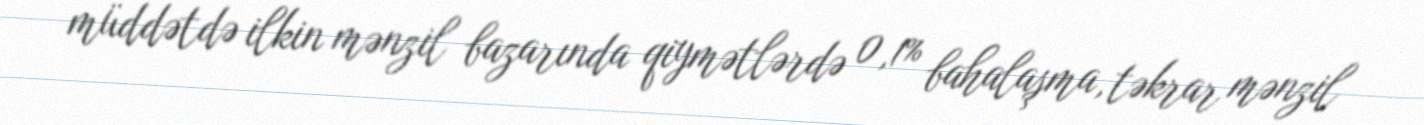
müddətdə ilkin mənzil bazarında qiymətlərdə 0,1% bahalaşma, təkrar mənzil